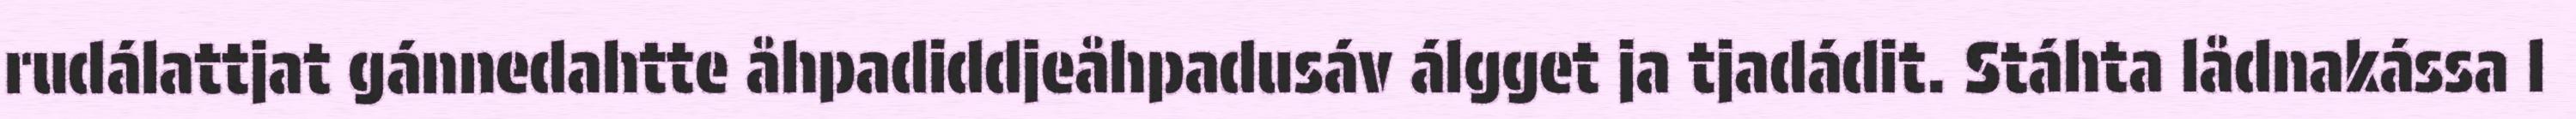
rudálattjat gánnedahtte åhpadiddjeåhpadusáv álgget ja tjadádit. Stáhta lådnakássa l